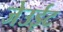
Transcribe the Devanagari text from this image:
जेउईट